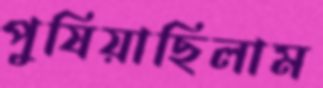
পুষিয়াছিলাম